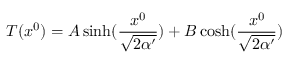
T ( x ^ { 0 } ) = A \sinh ( \frac { x ^ { 0 } } { \sqrt { 2 \alpha ^ { \prime } } } ) + B \cosh ( \frac { x ^ { 0 } } { \sqrt { 2 \alpha ^ { \prime } } } )